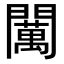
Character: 𨷈